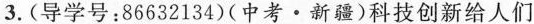
3.(导学号：86632134)(中考·新疆)科技创新给人们